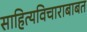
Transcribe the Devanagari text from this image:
साहित्यविचाराबाबत